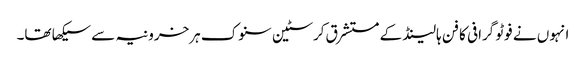
انہوں نے فوٹو گرافی کا فن ہالینڈ کے مستشرق کرسٹین سنوک ہرخرونیہ سے سیکھا تھا۔